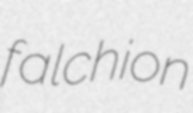
falchion